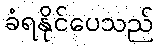
ခံရနိုင်ပေသည်